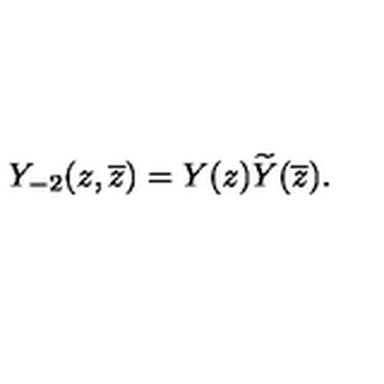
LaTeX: Y _ { - 2 } ( z , \overline { { z } } ) = Y ( z ) \widetilde { Y } ( \overline { { z } } ) .